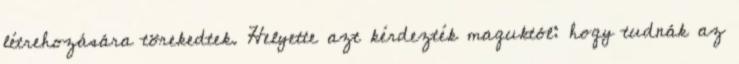
létrehozására törekedtek. Helyette azt kérdezték maguktól: hogy tudnák az